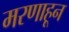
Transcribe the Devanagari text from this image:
मरणाहून